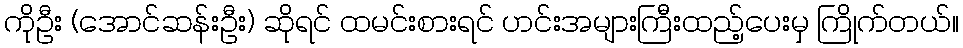
ကိုဦး (အောင်ဆန်းဦး) ဆိုရင် ထမင်းစားရင် ဟင်းအများကြီးထည့်ပေးမှ ကြိုက်တယ်။